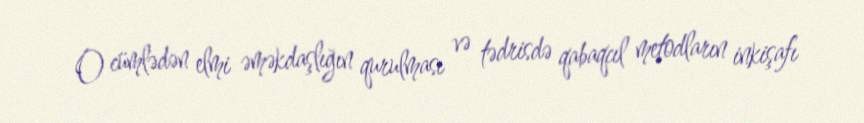
O cümlədən elmi əməkdaşlığın qurulması və tədrisdə qabaqcıl metodların inkişafı